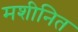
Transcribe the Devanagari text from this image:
मशीनित